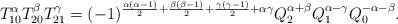
LaTeX: \begin{gather*}T_{10}^{\alpha}T_{20}^{\beta}T_{21}^{\gamma}=(-1)^{\frac{\alpha(\alpha-1)}{2}+\frac{\beta(\beta-1)}{2}+\frac{\gamma(\gamma-1)}{2}+\alpha\gamma}Q_{2}^{\alpha+\beta}Q_{1}^{\alpha-\gamma}Q_{0}^{-\alpha-\beta}.\end{gather*}